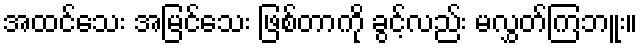
အထင်သေး အမြင်သေး ဖြစ်တာကို ခွင့်လည်း မလွှတ်ကြဘူး။